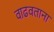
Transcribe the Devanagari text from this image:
वाढवताना